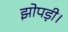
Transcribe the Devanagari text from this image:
झोपड़ी।